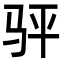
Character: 𬳴